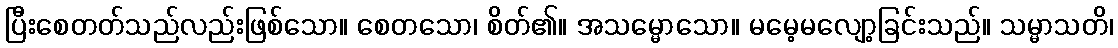
ပြီးစေတတ်သည်လည်းဖြစ်သော။ စေတသော၊ စိတ်၏။ အသမ္မောသော။ မမေ့မလျော့ခြင်းသည်။ သမ္မာသတိ၊